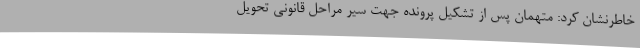
خاطرنشان کرد: متهمان پس از تشکیل پرونده جهت سیر مراحل قانونی تحویل